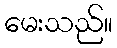
မေးသည်။